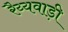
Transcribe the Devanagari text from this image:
रैय्यवाड़ी